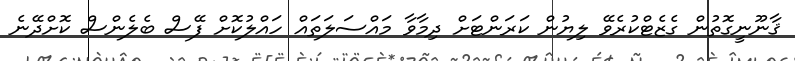
ޤާނޫނީގޮތުން ގެޒެޓްކުރެވޭ ލިޔުން ކަރަންޓަށް ދިމާވާ މައްސަލަތައް ހައްލުކޮށް ފޭސް ބެލެންސް ކޮށްދޭނެ